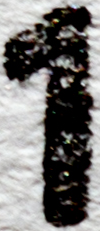
1